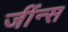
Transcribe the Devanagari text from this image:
जींन्स